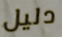
دليل